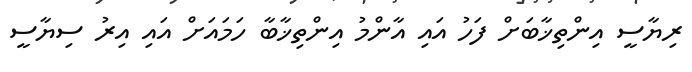
ރިޔާސީ އިންތިޚާބަށް ފަހު އައި އާންމު އިންތިޚާބާ ހަމައަށް އައި އިރު ސިޔާސީ